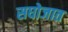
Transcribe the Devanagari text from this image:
सघोजात